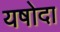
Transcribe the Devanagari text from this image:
यषोदा